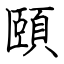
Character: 頤